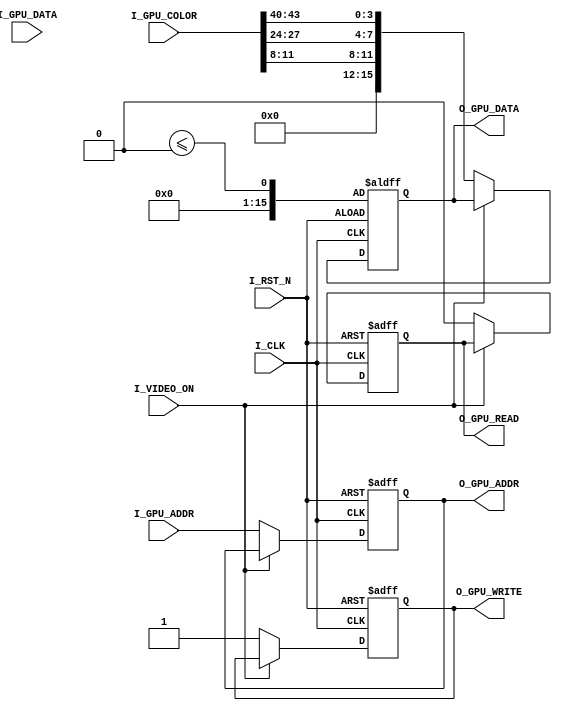
module Gpu (
  I_CLK, 
  I_RST_N,
  I_VIDEO_ON, 
  // GPU-SRAM interface
  I_GPU_DATA, 
  I_GPU_ADDR,
  I_GPU_COLOR,
  O_GPU_DATA,
  O_GPU_ADDR,
  O_GPU_READ,
  O_GPU_WRITE
);

input	I_CLK;
input I_RST_N;
input	I_VIDEO_ON;

// GPU-SRAM interface
input       [15:0] I_GPU_DATA;
input       [17:0] I_GPU_ADDR;
input			[63:0] I_GPU_COLOR;
output reg  [15:0] O_GPU_DATA;
output reg  [17:0] O_GPU_ADDR;
output reg         O_GPU_WRITE;
output reg         O_GPU_READ;

/////////////////////////////////////////
// Example code goes here 
//
// ## Note
// It is highly recommended to play with this example code first so that you
// could get familiarized with a set of output ports. By doing so, you would
// get the hang of dealing with vector (graphics) objects in pixel frame.
/////////////////////////////////////////
//
reg [24:0] count;
reg [9:0]  rowInd;
reg [9:0]  colInd;

always @(posedge I_CLK or negedge I_RST_N)
begin
	if (!I_RST_N) begin
		O_GPU_ADDR <= 16'h0000;
		O_GPU_WRITE <= 1'b1;
		O_GPU_READ <= 1'b0;
		O_GPU_DATA <= 
		count <= 0;
	end else begin
		if (!I_VIDEO_ON) begin
			//count <= count + 1;
			O_GPU_ADDR <= I_GPU_ADDR;
			O_GPU_DATA <= {4'h0, I_GPU_COLOR[11:8],I_GPU_COLOR[27:24],I_GPU_COLOR[43:40]};
			O_GPU_WRITE <= 1'b1;
			O_GPU_READ <= 1'b0;
			
		end
	end
end

always @(posedge I_CLK or negedge I_RST_N)
begin
  if (!I_RST_N) begin
    colInd <= 0;
  end else begin
    if (!I_VIDEO_ON) begin
      if (colInd < 639)
        colInd <= colInd + 1;
      else
        colInd <= 0;
    end
  end
end

always @(posedge I_CLK or negedge I_RST_N)
begin
  if (!I_RST_N) begin
    rowInd <= 0;
  end else begin
    if (!I_VIDEO_ON) begin
      if (colInd == 0) begin
        if (rowInd < 399)
          rowInd <= rowInd + 1;
        else
          rowInd <= 0;
      end
    end
  end
end

endmodule